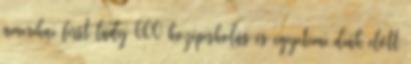
amerikai first lady 600 középiskolás és egyetemi diák előtt